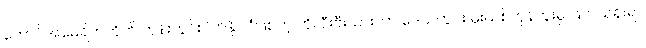
တောင်အမေရိကတိုက် ကုန်းတွင်းပိတ်နိုင်ငံဖြစ်တဲ့ ဘိုလီးဗီးယားဟာ ဒေသတွင်း မူးယစ်ကုန်ကူးမှု ဖြတ်သန်းရာ